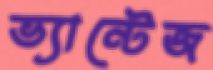
ভ্যান্টেজ